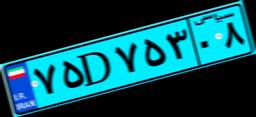
۲۰D۸۶۳۷۸